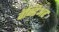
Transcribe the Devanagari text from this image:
वॅन्डिअर